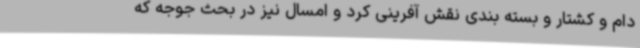
دام و کشتار و بسته بندی نقش آفرینی کرد و امسال نیز در بحث جوجه که